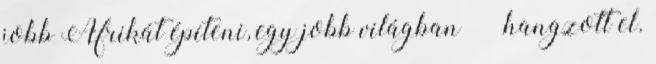
jobb Afrikát építeni, egy jobb világban” – hangzott el.